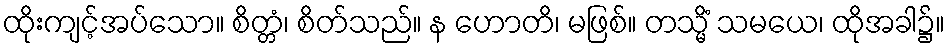
ထိုးကျင့်အပ်သော။ စိတ္တံ၊ စိတ်သည်။ န ဟောတိ၊ မဖြစ်။ တသ္မိံ သမယေ၊ ထိုအခါ၌။